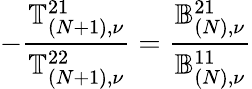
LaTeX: -\frac{\mathbb{T}_{(N+1),\nu}^{21}}{\mathbb{T}_{(N+1),\nu}^{22}}=\frac{\mathbb{B}_{(N),\nu}^{21}}{\mathbb{B}_{(N),\nu}^{11}}